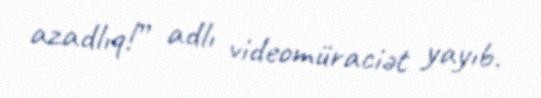
azadlıq!” adlı videomüraciət yayıb.